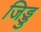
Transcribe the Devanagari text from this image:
जिड्डु